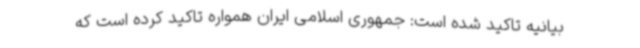
بیانیه تاکید شده است: جمهوری اسلامی ایران همواره تاکید کرده است که